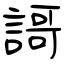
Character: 謌